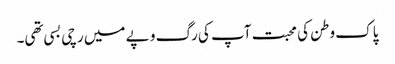
پاک وطن کی محبت آپ کی رگ و پے میں رچی بسی تھی۔